65_HS1-834228961_62-HQ-83894_Section_7
Agency: FBI
Page 13
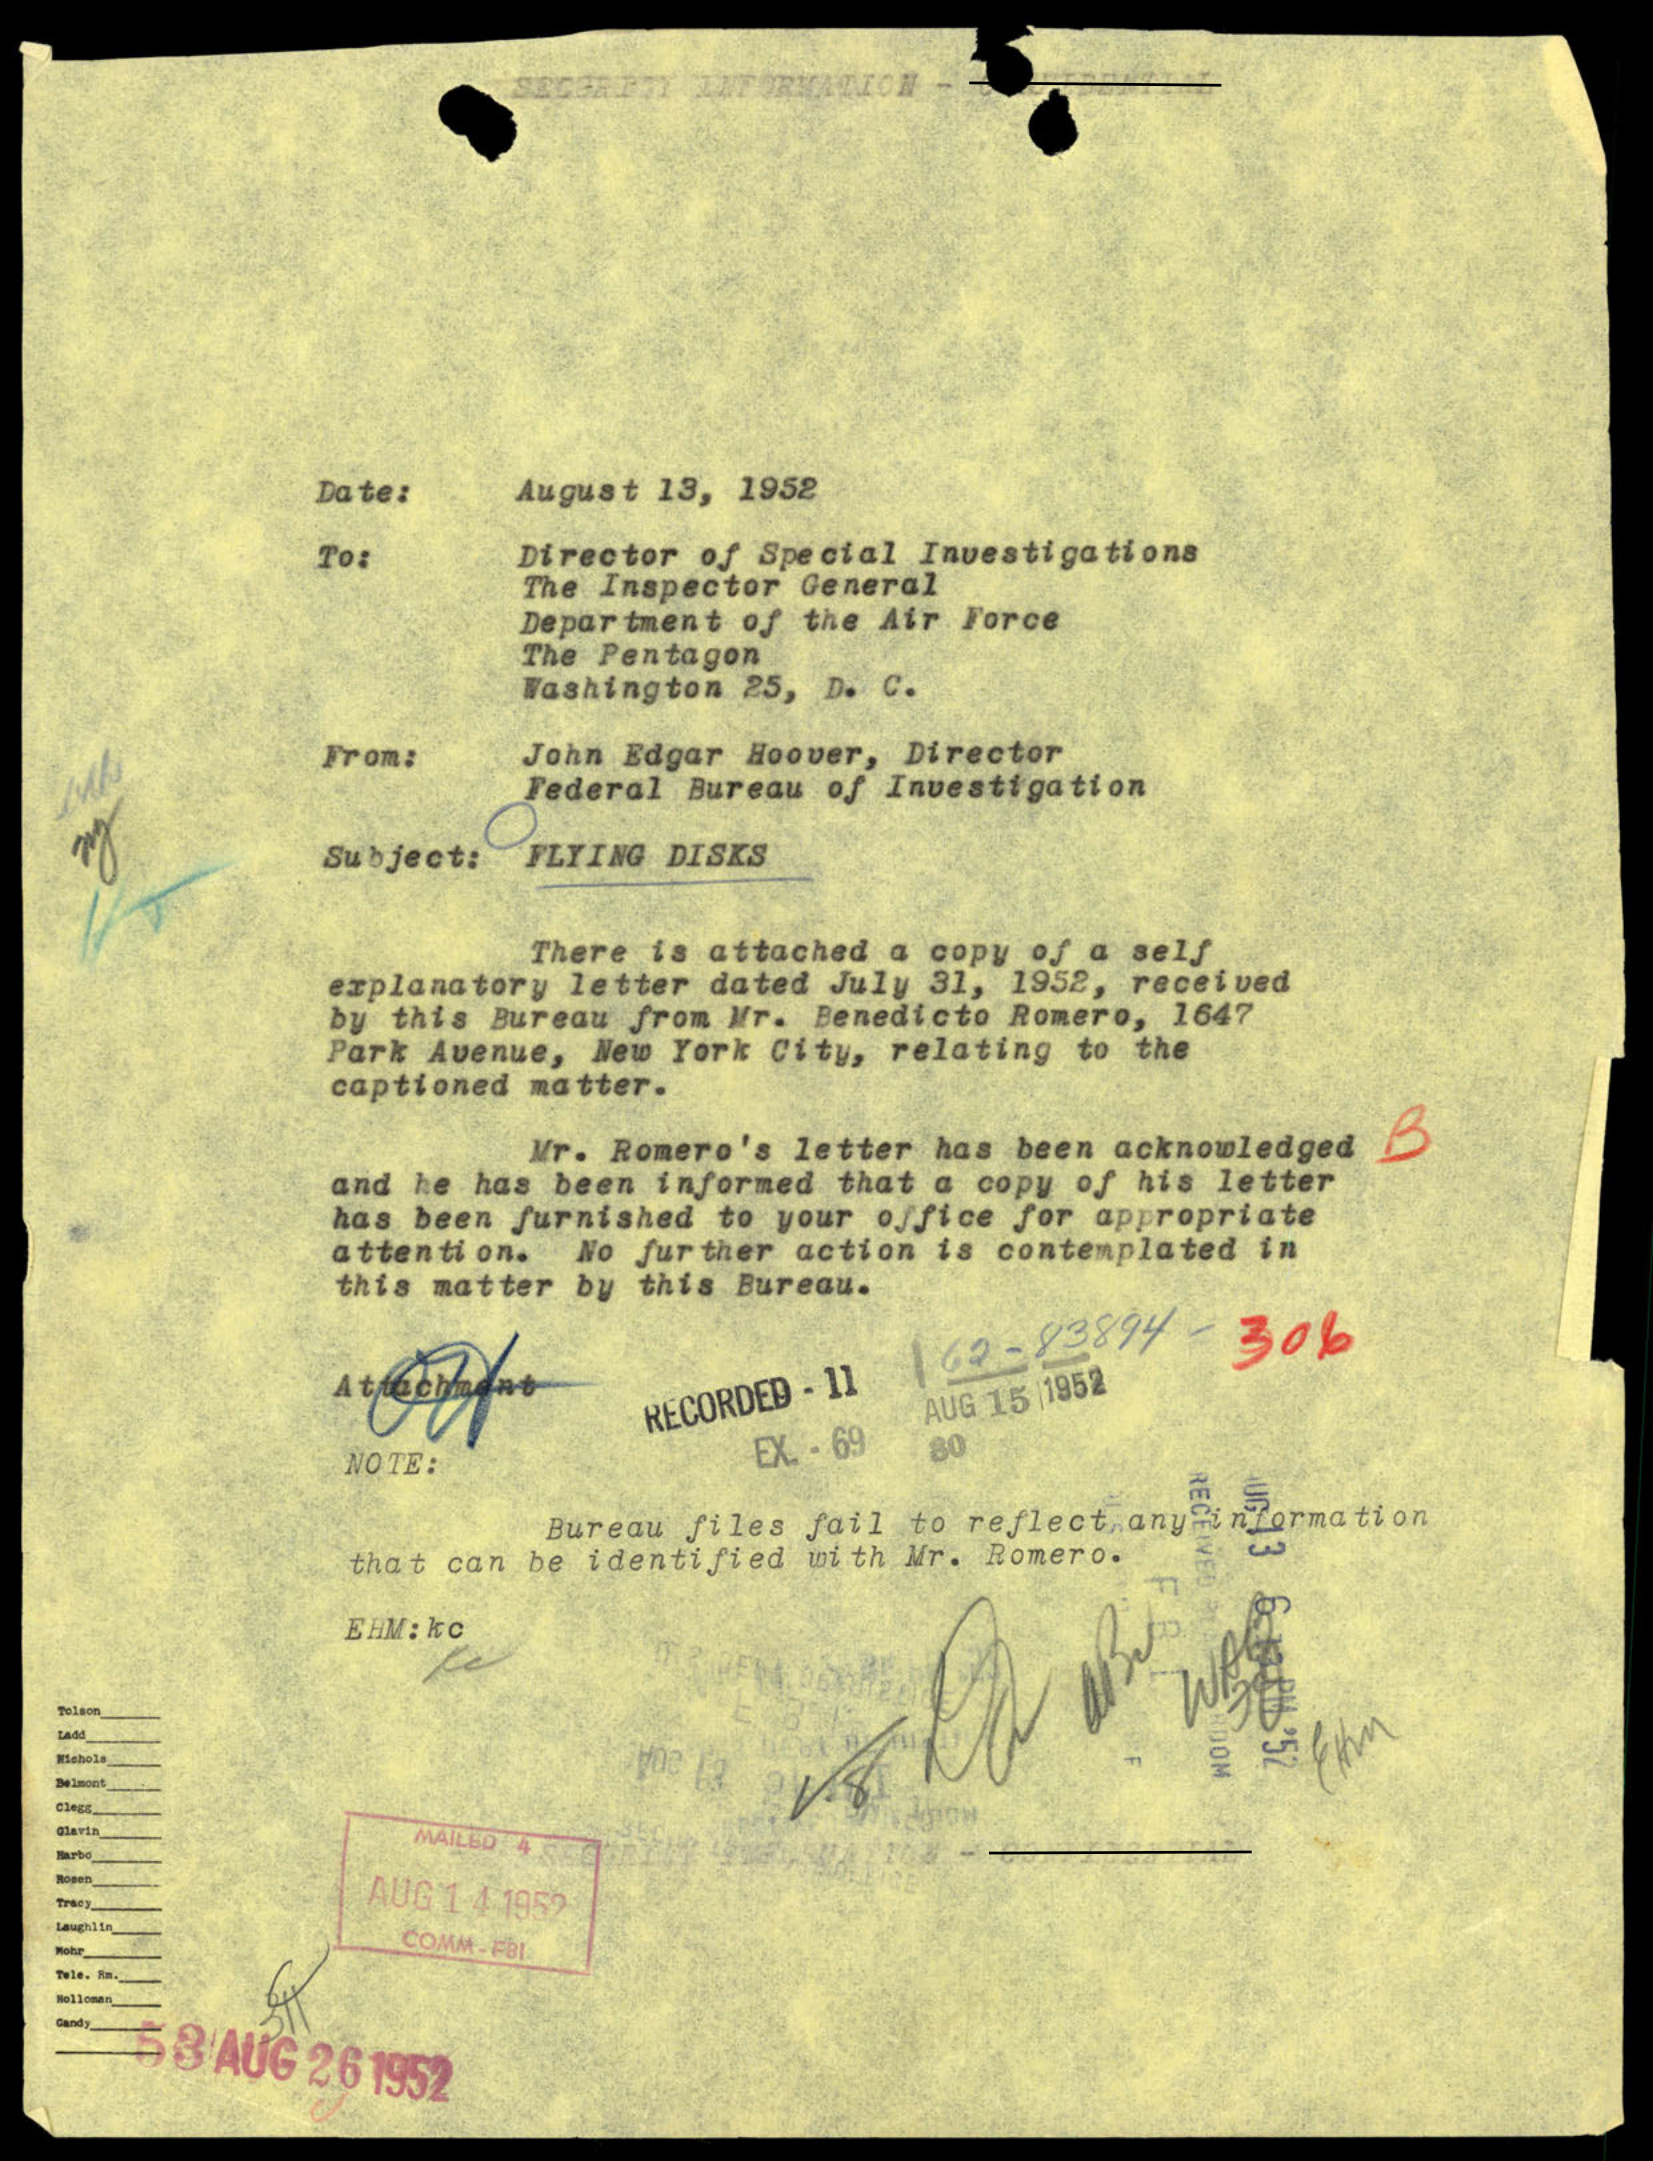